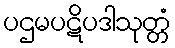
ပဌမပဋိပဒါသုတ္တံ